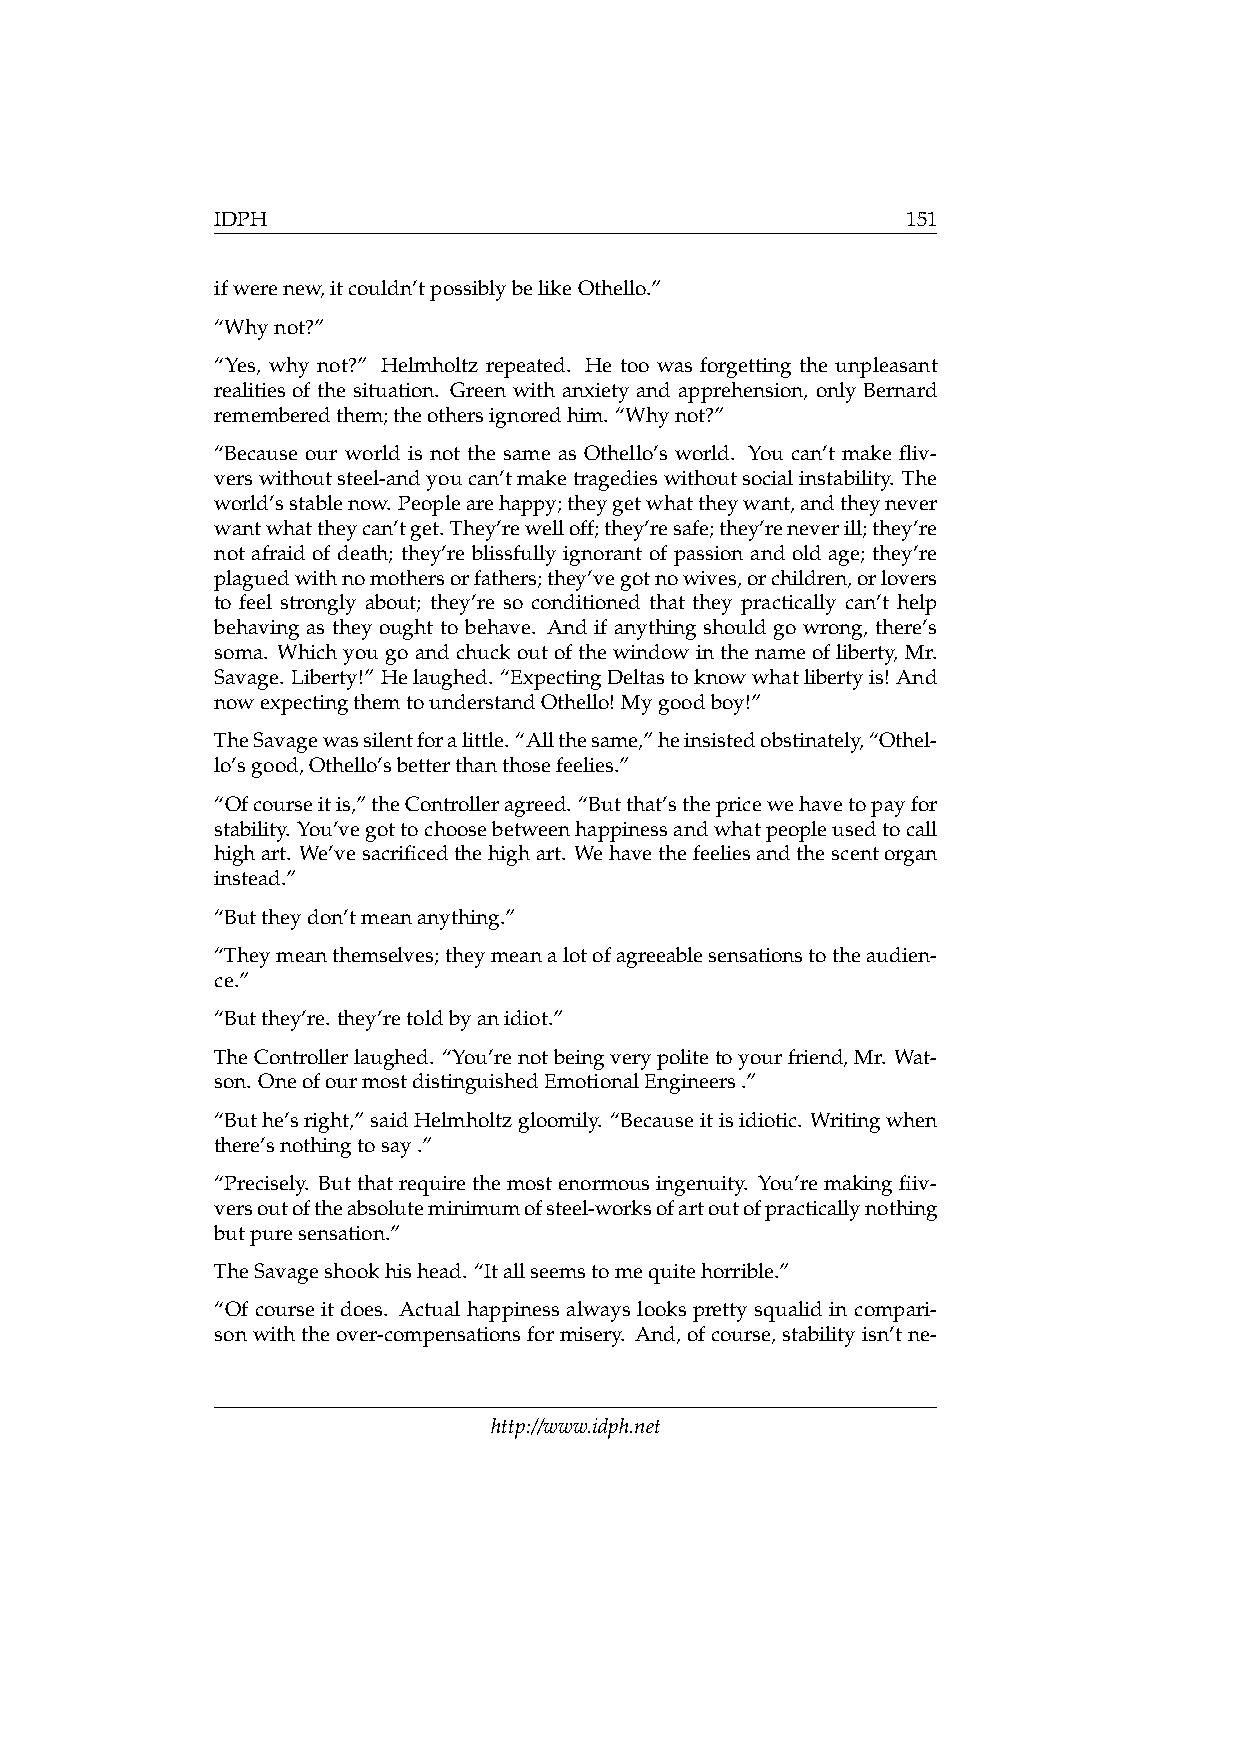
IDPH                                          151
 ifwerenew,itcouldn’tpossiblybelikeOthello.”
 “Whynot?”
 “Yes, why not?” Helmholtz repeated. He too was forgetting the unpleasant
 realities of the situation. Green with anxiety and apprehension, only Bernard
 rememberedthem;theothersignoredhim. “Whynot?”
 “Because our world is not the same as Othello’s world. You can’t make fliv-
 verswithoutsteel-andyoucan’tmaketragedieswithoutsocialinstability. The
 world’sstablenow. Peoplearehappy;theygetwhattheywant,andtheynever
 wantwhattheycan’tget. They’rewelloff;they’resafe;they’reneverill;they’re
 not afraid of death; they’re blissfully ignorant of passion and old age; they’re
 plaguedwithnomothersorfathers;they’vegotnowives,orchildren,orlovers
 to feel strongly about; they’re so conditioned that they practically can’t help
 behaving as they ought to behave. And if anything should go wrong, there’s
 soma. Whichyougoandchuckoutofthewindowinthenameofliberty, Mr.
 Savage. Liberty!” Helaughed. “ExpectingDeltastoknowwhatlibertyis! And
 nowexpectingthemtounderstandOthello! Mygoodboy!”
 TheSavagewassilentforalittle.“Allthesame,”heinsistedobstinately,“Othel-
 lo’sgood,Othello’sbetterthanthosefeelies.”
 “Ofcourseitis,”theControlleragreed. “Butthat’sthepricewehavetopayfor
 stability. You’vegottochoosebetweenhappinessandwhatpeopleusedtocall
 highart. We’vesacrificedthehighart. Wehavethefeeliesandthescentorgan
 instead.”
 “Buttheydon’tmeananything.”
 “Theymeanthemselves;theymeanalotofagreeablesensationstotheaudien-
 ce.”
 “Butthey’re. they’retoldbyanidiot.”
 TheControllerlaughed. “You’renotbeingverypolitetoyourfriend,Mr. Wat-
 son. OneofourmostdistinguishedEmotionalEngineers.”
 “Buthe’sright,”saidHelmholtzgloomily. “Becauseitisidiotic. Writingwhen
 there’snothingtosay.”
 “Precisely. Butthatrequirethemostenormousingenuity. You’remakingfiiv-
 versoutoftheabsoluteminimumofsteel-worksofartoutofpracticallynothing
 butpuresensation.”
 TheSavageshookhishead. “Itallseemstomequitehorrible.”
 “Of course it does. Actual happiness always looks pretty squalid in compari-
 sonwiththeover-compensationsformisery. And,ofcourse,stabilityisn’tne-
 http://www.idph.net